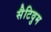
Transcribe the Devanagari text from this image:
सैटिवुम